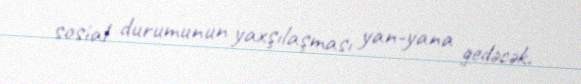
sosial durumunun yaxşılaşması yan-yana gedəcək.